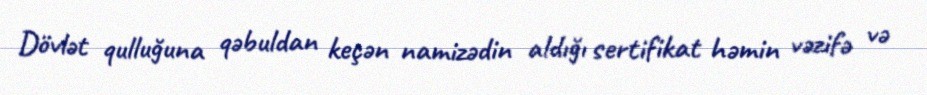
Dövlət qulluğuna qəbuldan keçən namizədin aldığı sertifikat həmin vəzifə və